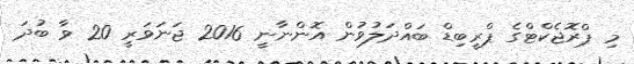
މި ޕްރޮޖެކްޓްގެ ޕްރީބިޑް ބައްދަލުވުން އޮންނާނީ 2016 ޖަނަވަރީ 20 ވާ ބުދަ